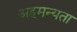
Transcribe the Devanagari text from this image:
अहमन्यता